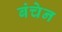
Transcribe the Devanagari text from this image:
बंचेन